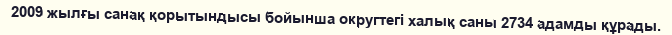
2009 жылғы санақ қорытындысы бойынша округтегі халық саны 2734 адамды құрады.